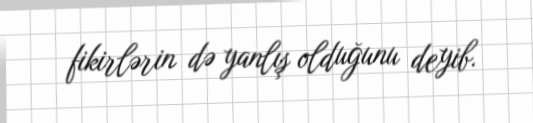
fikirlərin də yanlış olduğunu deyib.